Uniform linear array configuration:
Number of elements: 48
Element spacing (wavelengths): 0.5
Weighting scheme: binomial
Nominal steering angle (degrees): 0
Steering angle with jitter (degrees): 1.915
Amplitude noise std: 0.05
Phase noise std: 0.05

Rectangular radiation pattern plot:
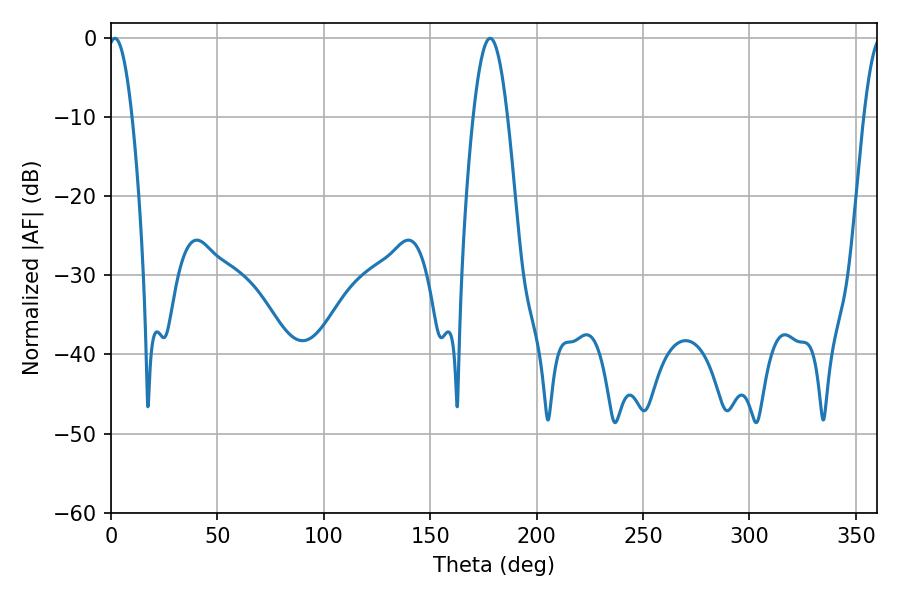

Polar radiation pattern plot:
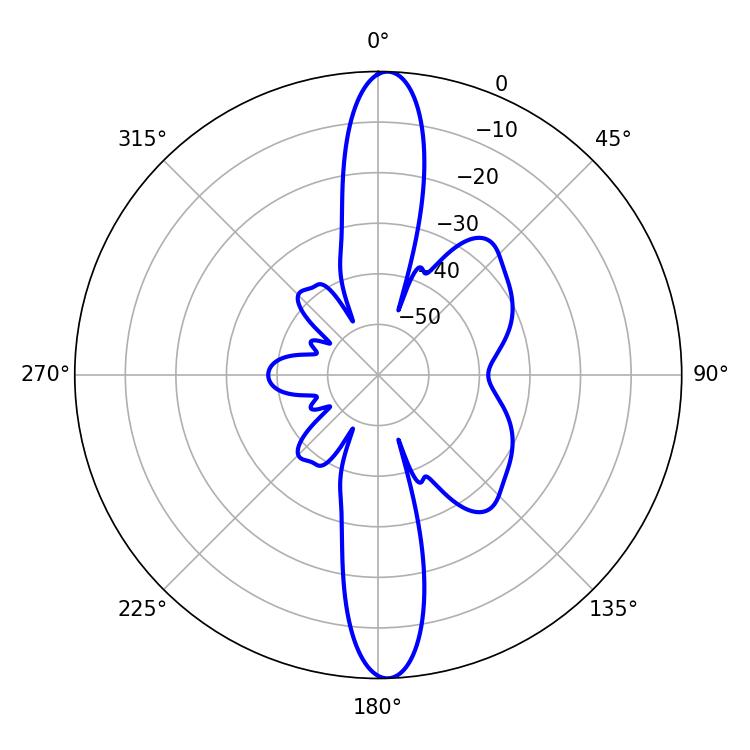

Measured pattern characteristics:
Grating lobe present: FALSE
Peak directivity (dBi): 22.226
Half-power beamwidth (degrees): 6.12
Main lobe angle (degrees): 1.8